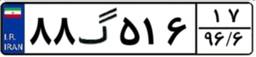
۷۸گ۶۶۷۸۹